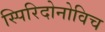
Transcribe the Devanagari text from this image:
स्पिरिदोनोविच